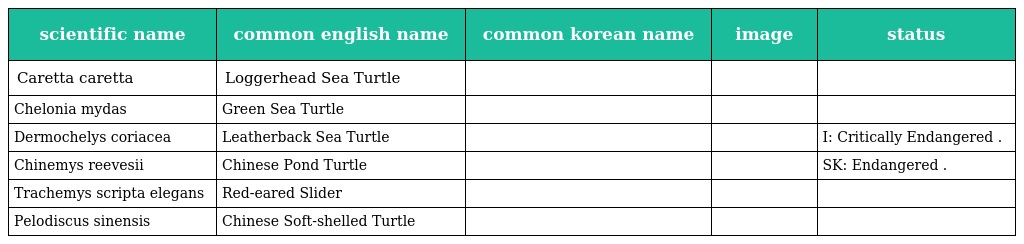
| scientific name | common english name | common korean name | image | status |
 | --- | --- | --- | --- | --- |
 | Caretta caretta | Loggerhead Sea Turtle | 붉은거북 |  |  |
 | Chelonia mydas | Green Sea Turtle | 바다거북 |  |  |
 | Dermochelys coriacea | Leatherback Sea Turtle | 장수거북 |  | I: Critically Endangered . |
 | Chinemys reevesii | Chinese Pond Turtle | 남생이 |  | SK: Endangered . |
 | Trachemys scripta elegans | Red-eared Slider | 청거북 |  |  |
 | Pelodiscus sinensis | Chinese Soft-shelled Turtle | 자라 |  |  |